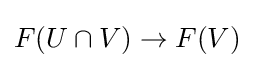
F(U\cap V)\to F(V)